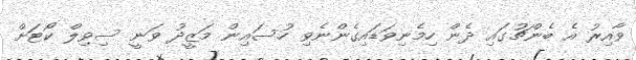
ވާއިރު އެ ބެންޗުގައި ދެން ހިމެނިވަޑައިގެންނެވި ހުސައިން މަޒީދު ވަނީ ސިވިލް ކޯޓަށް